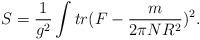
\begin{align*}S = \frac{1}{g^2} \int tr (F - \frac{m}{2\pi N R^2} )^2.\end{align*}